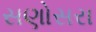
સણોસરા